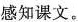
感知课文。